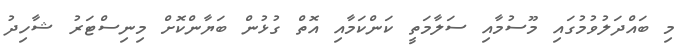
މި ބައްދަލުވުމުގައި މޫސުމާއި ސަލާމަތީ ކަންކަމާއި އޮތް ގުޅުން ބަޔާންކޮށް މިނިސްޓަރު ޝާހިދު